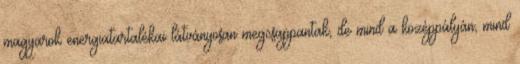
magyarok energiatartalékai látványosan megcsappantak, de mind a középpályán, mind